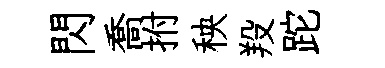
閃喬拊秧羖跎